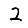
Digit: 2